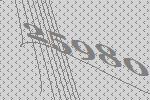
25980